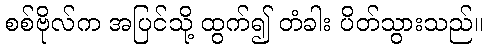
စစ်ဗိုလ်က အပြင်သို့ ထွက်၍ တံခါး ပိတ်သွားသည်။